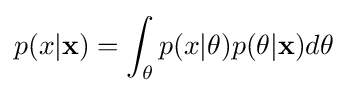
p(x|\mathbf {x} )=\int _{\theta }p(x|\theta )p(\theta |\mathbf {x} )d\theta